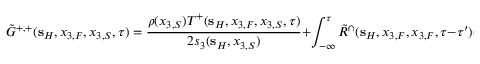
\tilde { G } ^ { + , + } ( { \bf s } _ { H } , x _ { 3 , F } , x _ { 3 , S } , \tau ) = \frac { \rho ( x _ { 3 , S } ) T ^ { + } ( { \bf s } _ { H } , x _ { 3 , F } , x _ { 3 , S } , \tau ) } { 2 s _ { 3 } ( { \bf s } _ { H } , x _ { 3 , S } ) } + \int _ { - \infty } ^ { \tau } \tilde { R } ^ { \cap } ( { \bf s } _ { H } , x _ { 3 , F } , x _ { 3 , F } , \tau - \tau ^ { \prime } ) \tilde { G } ^ { - , + } ( { \bf s } _ { H } , x _ { 3 , F } , x _ { 3 , S } , \tau ^ { \prime } ) \mathrm { d } \tau ^ { \prime } ,